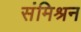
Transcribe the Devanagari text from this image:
संमिश्रन